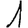
Digit: 1